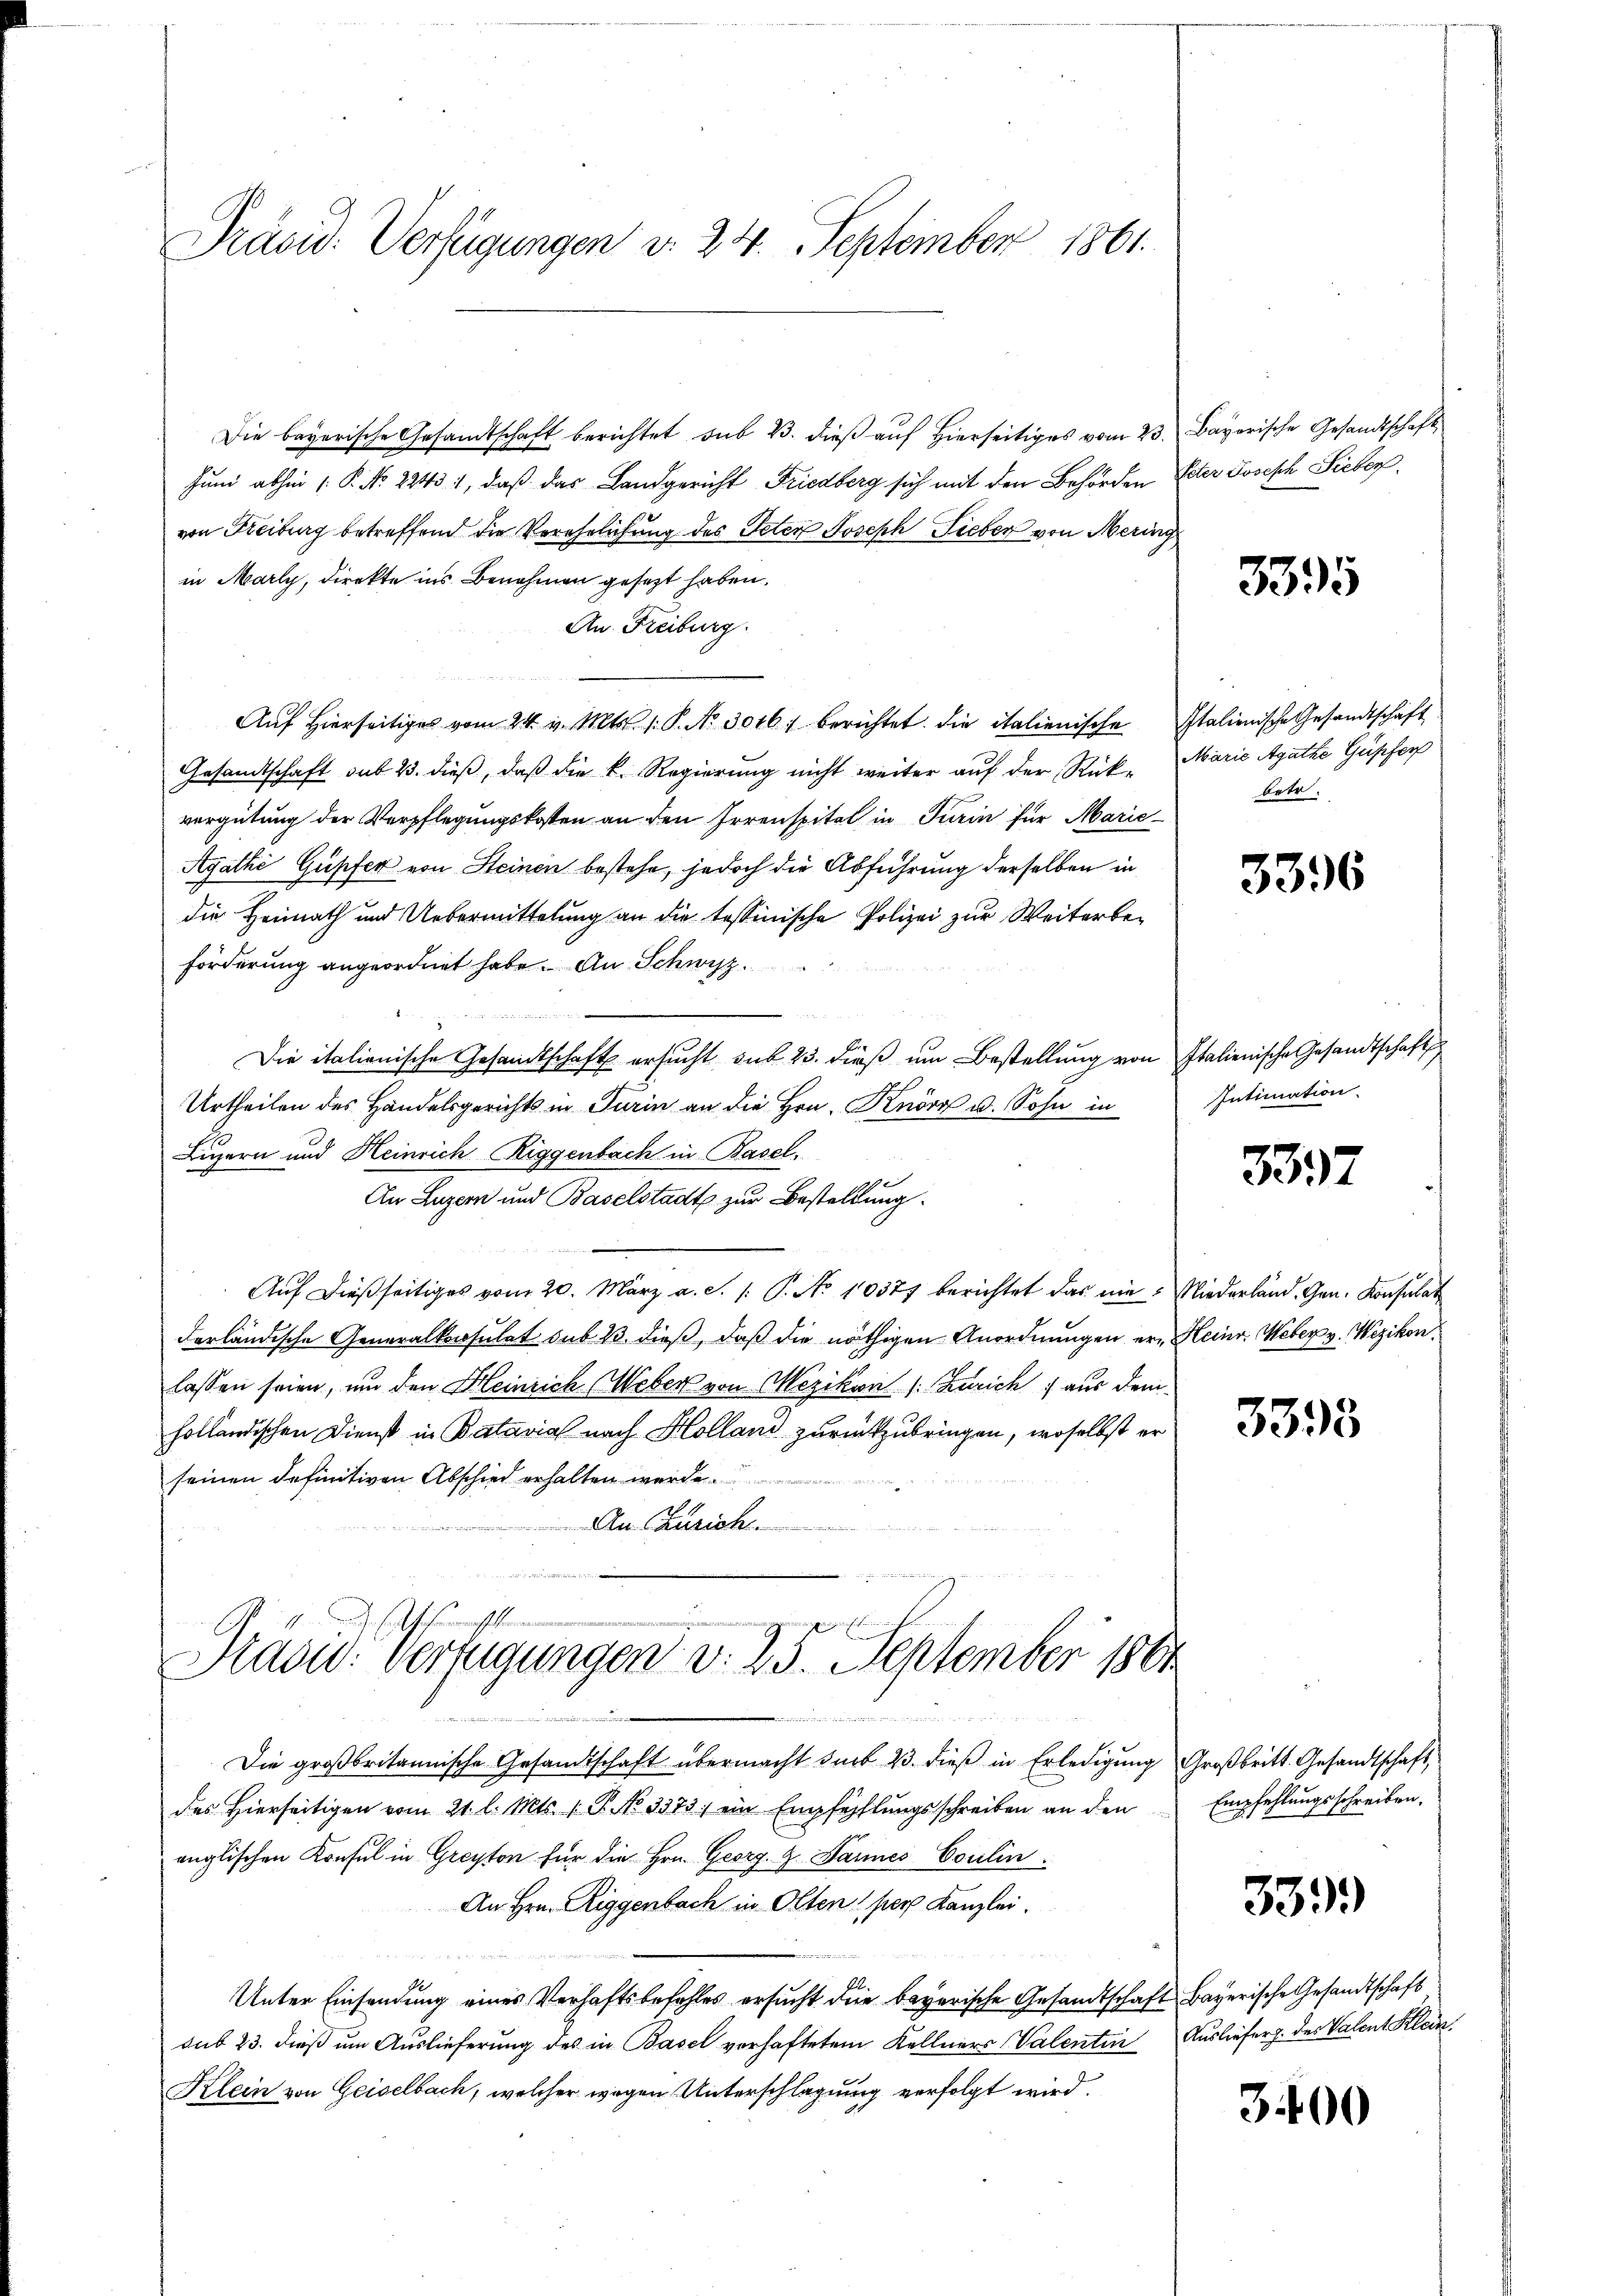
Präsid. Verfügungen d. 24. September 1861.

Die bayerische Gesandtschaft berichtet sub 23. dieß auf hierseitiges vom 23. Bayerische Gesandtschaft
Juni abhin 1. P. Nr. 22431, daß das Landgericht Friedberg sich mit den Behörden Elter Joseph Sieber
von Freiburg betreffend die Verehelichung des Peter Joseph Fieber von Mering
in Marly, direkte ins Benehmen gesezt haben.
An Freiburg.
Auf hierseitiges vom 24. v. Mts. 1. P. Nr. 3016. berichtet die italienische Italienische Gesandtschäft
Gesandtschaft sub 23. dieß, daß die k. Regierung nicht weiter auf der Rück-
vergütung der Verpflegungskosten an den Irrenspitel in Turin für Marie
Agathe Güpfer von Steinen bestehe, jedoch die Abführung derselben in
die Heimath und Uebermittelung an die tessinische Polizei zur Weiterbe¬
Förderung angeordnet habe. An Schwyz

Die italienische Gesandtschaft ersucht sub 23. dieß um Bestellung von Italienische Gesandtschaft
Urtheilen des Handelsgerichts in Turin an die Hrn. Knorr u. Sohn in
Luzern und Heinrich Riggenbach in Basel.
An Luzern und Baselstadt zur Bestellung.
Auf dießseitiges vom 20. März a. S. 1: P. No 10377 berichtet das nie Niederland. Gen. Konsulat
derländische Generalkonsulat sub 13. dieß, daß die nöthigen Anordnungen er Heinr. Weber v. Wezikon.
lassen seien, um den Heinrich. Webers von Mezikon (: Zürich aus dem
holländischen Dienst in Batavial nach Holland zurückzubringen, woselbst er
seinen definitiven Abschied erhalten werde
An Zürich

A
Präsid. Verfügungen d. 25. September 1801.

u
12
Die großbritannische Gesandtschaft übermacht sub 23. dieß in Erledigung
des Hierseitigen vom 21. l. Mts. 1 P. No 3373. ein Empfehlungsschreiben an den
änglischen Konsul in Greyton für die Hrn. Georg. g. Jannes Coulin
An Hrn. Riggenbach in Olten pers Kanzlei.
Unter Einsendung eines Verhaftsbefehles ersucht die bayerische Gesandtschaft Bayerische Gesandtschaft
sub 23. dieß um Auslieferung des in Basel verhaftetem Kellners Valentin Ausliefer h. des Valent Klein
Klein von Geiselbach, welcher wegen Unterschlagung verfolgt wird.

3395

Marie Agathe Güpfer
betr.

3396

Intimation.

3357

3395

Großbritt. Gesandtschaft,
Empfehlungsschreiben.

339)

3400